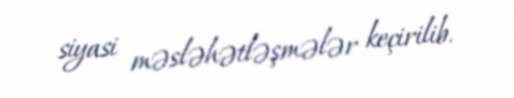
siyasi məsləhətləşmələr keçirilib.